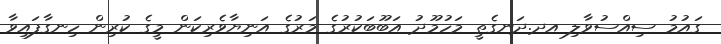
ގައުމު ސިއްސުވާލި އދ.ދަނގެތީ މަހުމޫދު އަބޫބަކުރުގެ މަރުގެ އަނިޔާވެރިކަން މީގެ ކުރިން ހިނގާފައިވާ